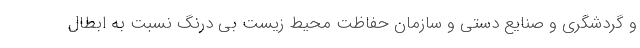
و گردشگری و صنایع دستی و سازمان حفاظت محیط زیست بی درنگ نسبت به ابطال